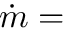
{ \dot { m } } =